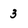
Character: 3